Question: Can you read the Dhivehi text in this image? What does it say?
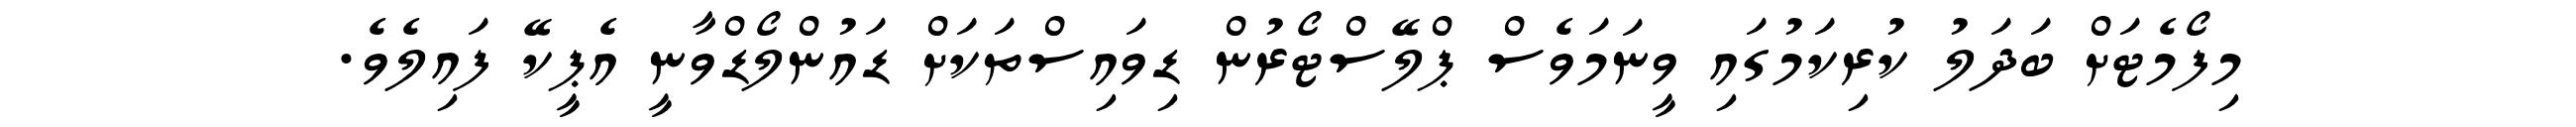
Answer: މިފޯމެޓަށް ބަދަލު ކުރިކަމުގައި ވީނަމަވެސް ޕްލޭސްޓޯރުން ޑިވައިސްތަކަށް ޑައުންލޯޑްވާނީ އެޕީކޭ ފައިލެވެ.